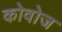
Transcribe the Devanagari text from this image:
कोवोज